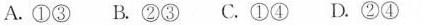
A.①③ B.②③ C.①④ D.②④